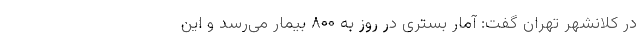
در کلانشهر تهران گفت: آمار بستری در روز به ۸۰۰ بیمار می‌رسد و این